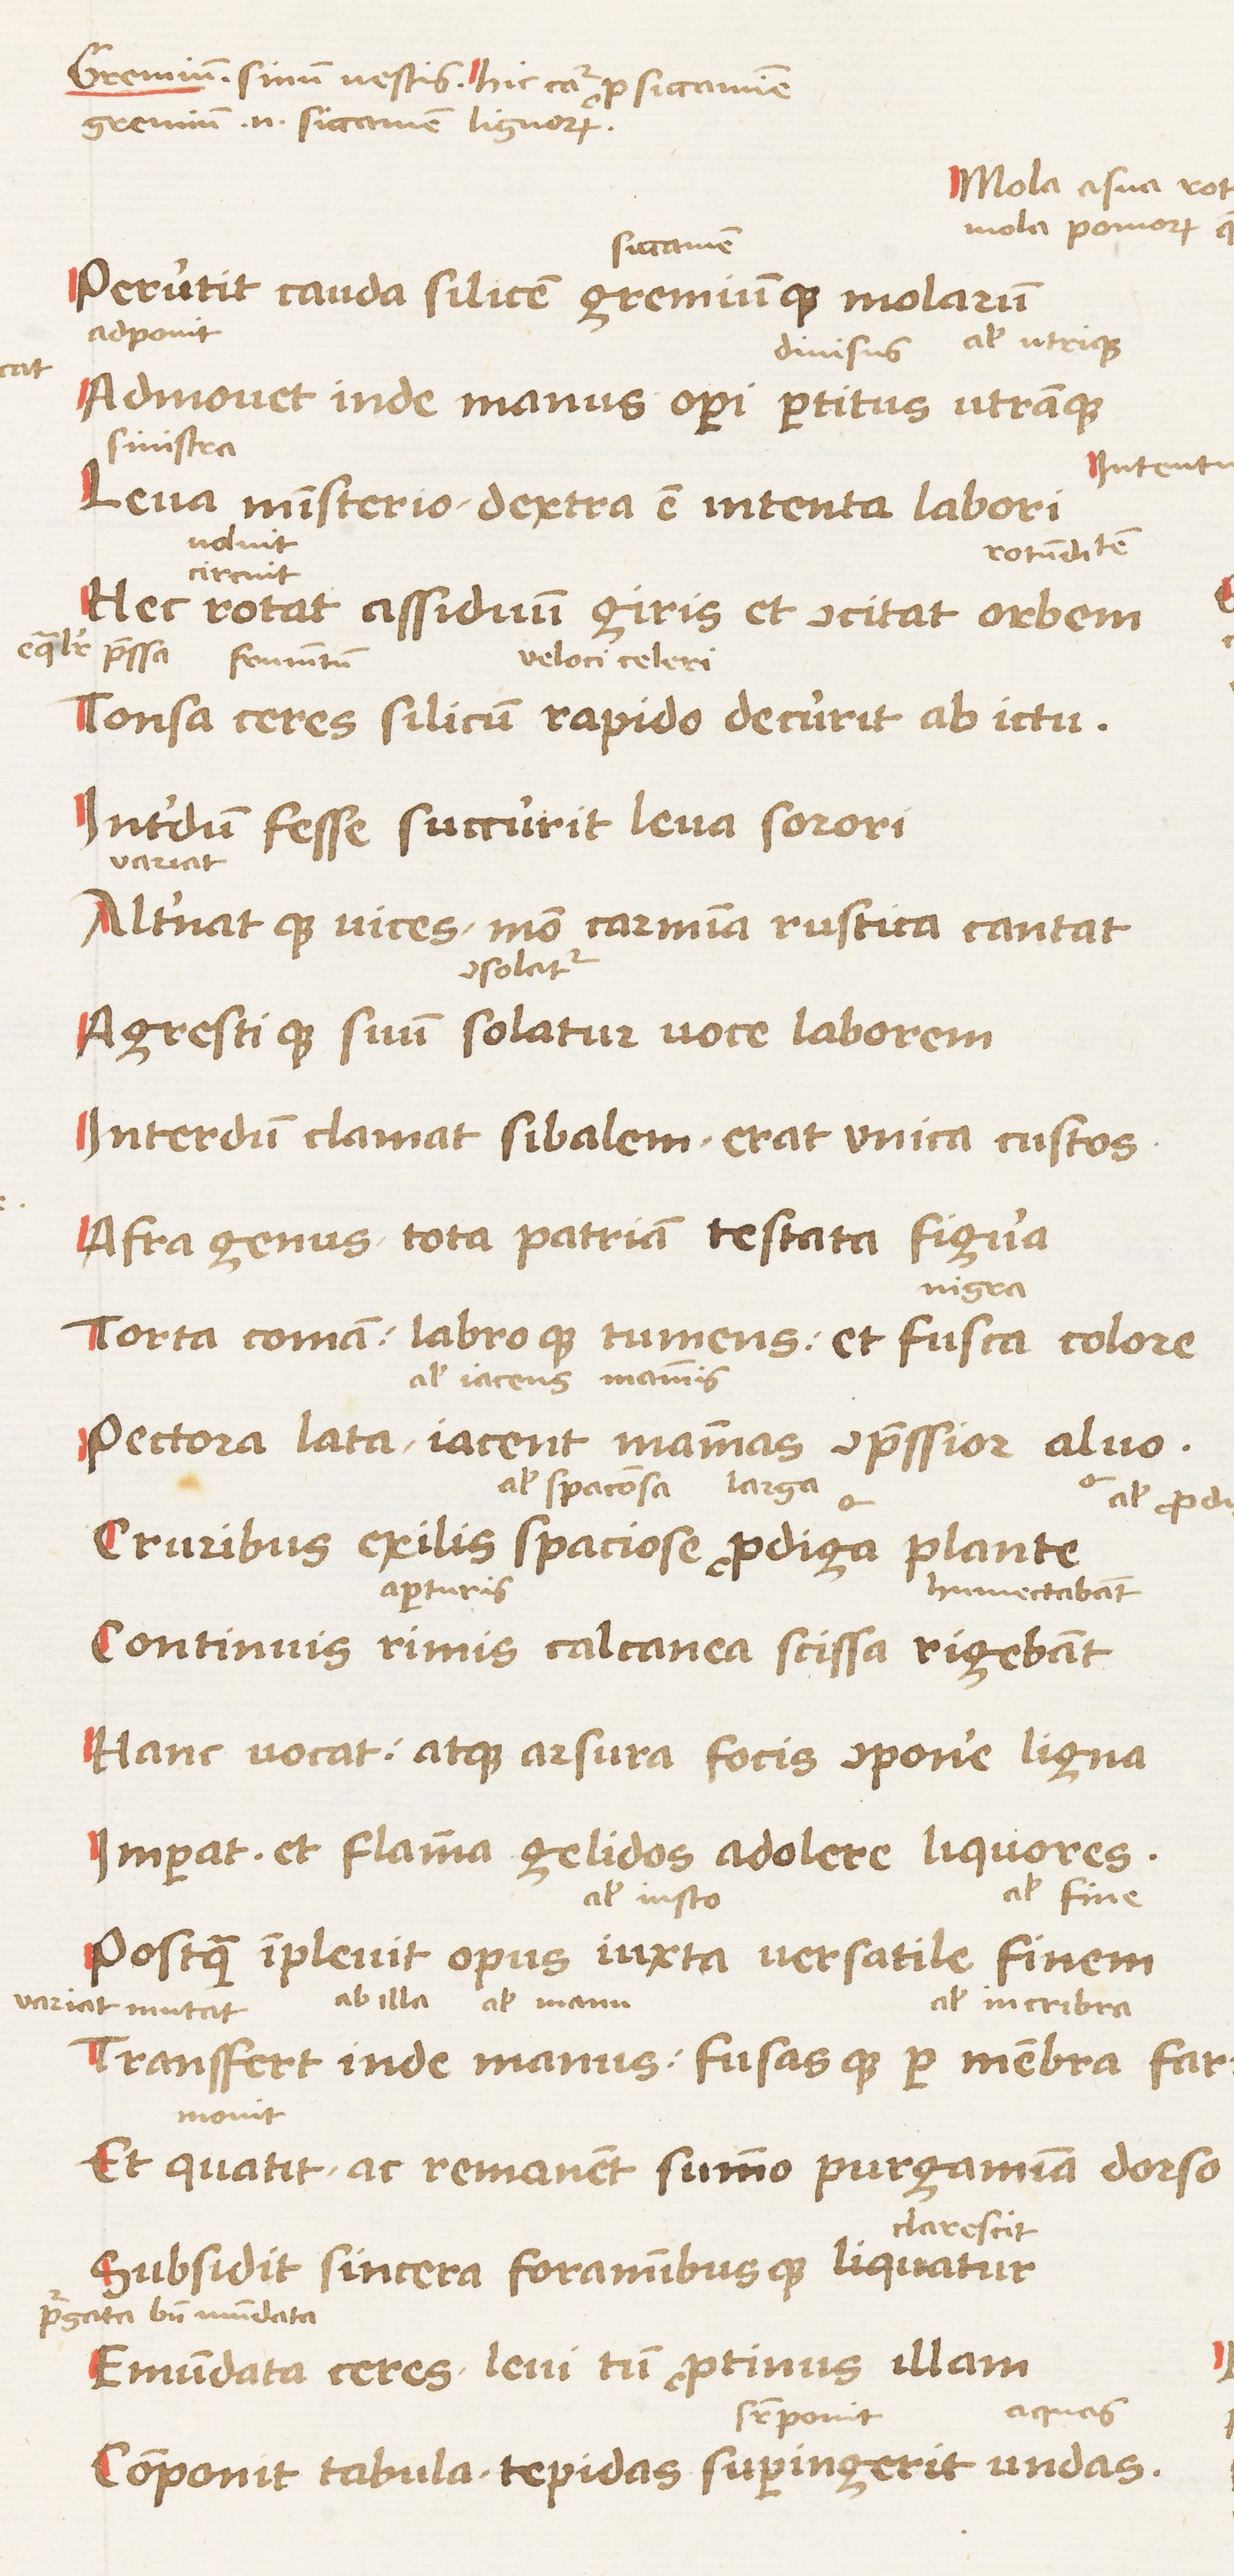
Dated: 1450–1474